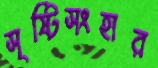
সৃষ্টিসংহার